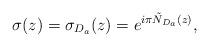
LaTeX: \begin{align*}\sigma(z)=\sigma_{D_a}(z) = e^{i \pi \tilde N_{D_a}(z)},\end{align*}